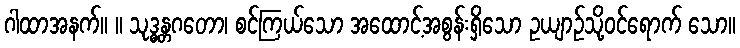
ဂါထာအနက်။ ။ သုဒ္ဓန္တဂတော၊ စင်ကြယ်သော အထောင့်အစွန်းရှိသော ဥယျာဉ်သို့ဝင်ရောက် သော။